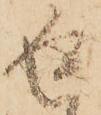
返